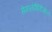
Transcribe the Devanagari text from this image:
सेफालोफैरिंजिऐल